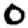
Digit: 0